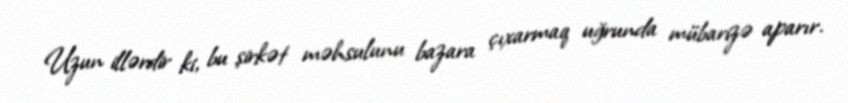
Uzun illərdir ki, bu şirkət məhsulunu bazara çıxarmaq uğrunda mübarizə aparır.